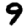
Digit: 9